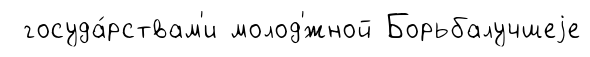
госуда́рствам'и молод'́жной Борьбалучшеjе